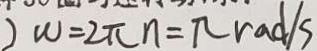
w = 2 \pi n = \pi r a d / s